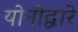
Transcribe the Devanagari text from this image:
योनीद्वारे